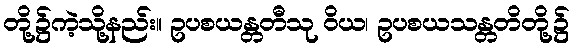
တို့၌ကဲ့သို့နည်း။ ဥပစယန္တတီသု ဝိယ၊ ဥပစယသန္တတိတို့၌